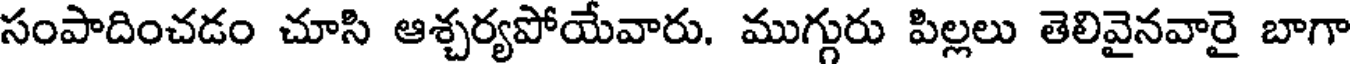
సంపాదించడం చూసి ఆశ్చర్యపోయేవారు. ముగ్గురు పిల్లలు తెలివైనవారై బాగా